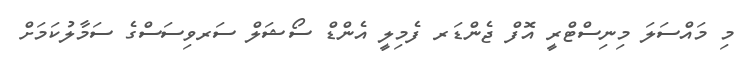
މި މައްސަލަ މިނިސްޓްރީ އޮފް ޖެންޑަރ ފެމިލީ އެންޑް ސޯޝަލް ސަރވިސަސްގެ ސަމާލުކަމަށް